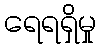
ရေရရှိမှု